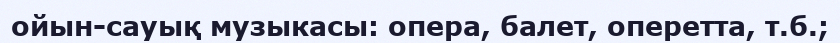
ойын-сауық музыкасы: опера, балет, оперетта, т.б.;